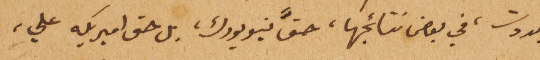
جددت، في بعض نتائجها، حقَّ نيويورك، بل حق اميريكه علي،